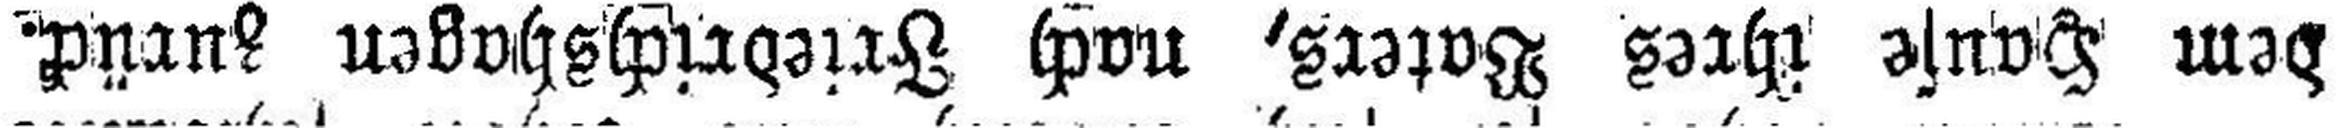
dem Hause ihres Vaters, nach Friedrichshagen zurück.